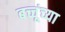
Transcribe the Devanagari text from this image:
बच्चूंच्या